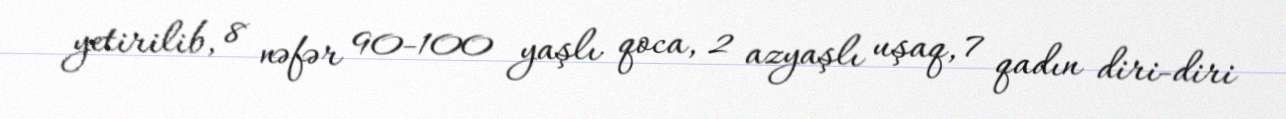
yetirilib, 8 nəfər 90-100 yaşlı qoca, 2 azyaşlı uşaq, 7 qadın diri-diri